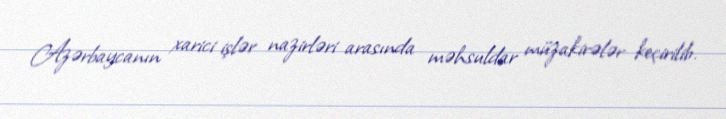
Azərbaycanın xarici işlər nazirləri arasında məhsuldar müzakirələr keçirilib.